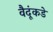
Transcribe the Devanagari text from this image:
वैदूंकडे